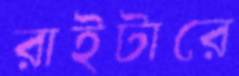
রাইটারে